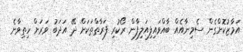
އަމާޒުކޮށްގެން ސެމިނާއެއް ބާއްވައިފިއަލިފާން ރޯކުރި ފަރާތްތަކަށް ދޭ އަދަބު ވަރަށް ހިތިވާނެ